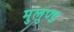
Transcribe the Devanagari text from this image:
मुलुण्ड